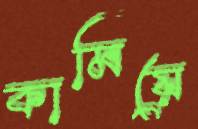
কামিয়ে